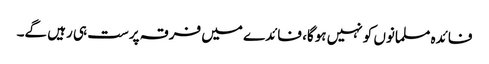
فائدہ مسلمانوں کو نہیں ہوگا، فائدے میں فرقہ پرست ہی رہیں گے۔